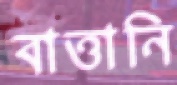
বাত্তানি